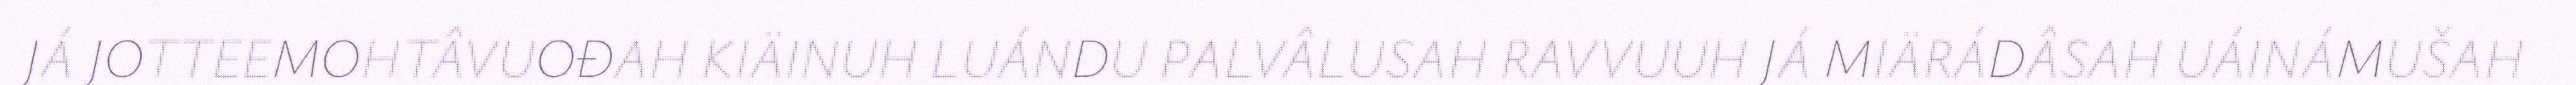
JÁ JOTTEEMOHTÂVUOĐAH KIÄINUH LUÁNDU PALVÂLUSAH RAVVUUH JÁ MIÄRÁDÂSAH UÁINÁMUŠAH